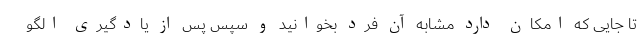
تا جایی که امکان دارد مشابه آن فرد بخوانید و سپس پس از یادگیری الگو